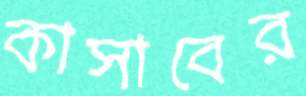
কাসাবের